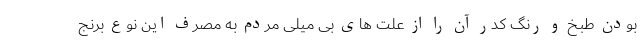
بودن طبخ و رنگ کدر آن را از علت های بی میلی مردم به مصرف این نوع برنج